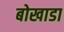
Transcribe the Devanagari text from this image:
बोखाडा